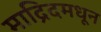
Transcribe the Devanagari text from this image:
माद्रिदमधून